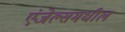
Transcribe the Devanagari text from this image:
एंजेल्समधील